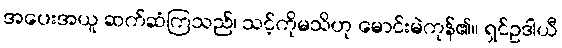
အပေးအယူ ဆက်ဆံကြသည်၊ သင့်ကိုမသိဟု မောင်းမဲကုန်၏။ ရှင်ဥဒါယီ